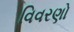
વિવરણો